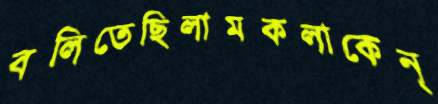
বলিতেছিলামকলাকেন্